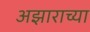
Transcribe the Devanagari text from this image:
अझाराच्या